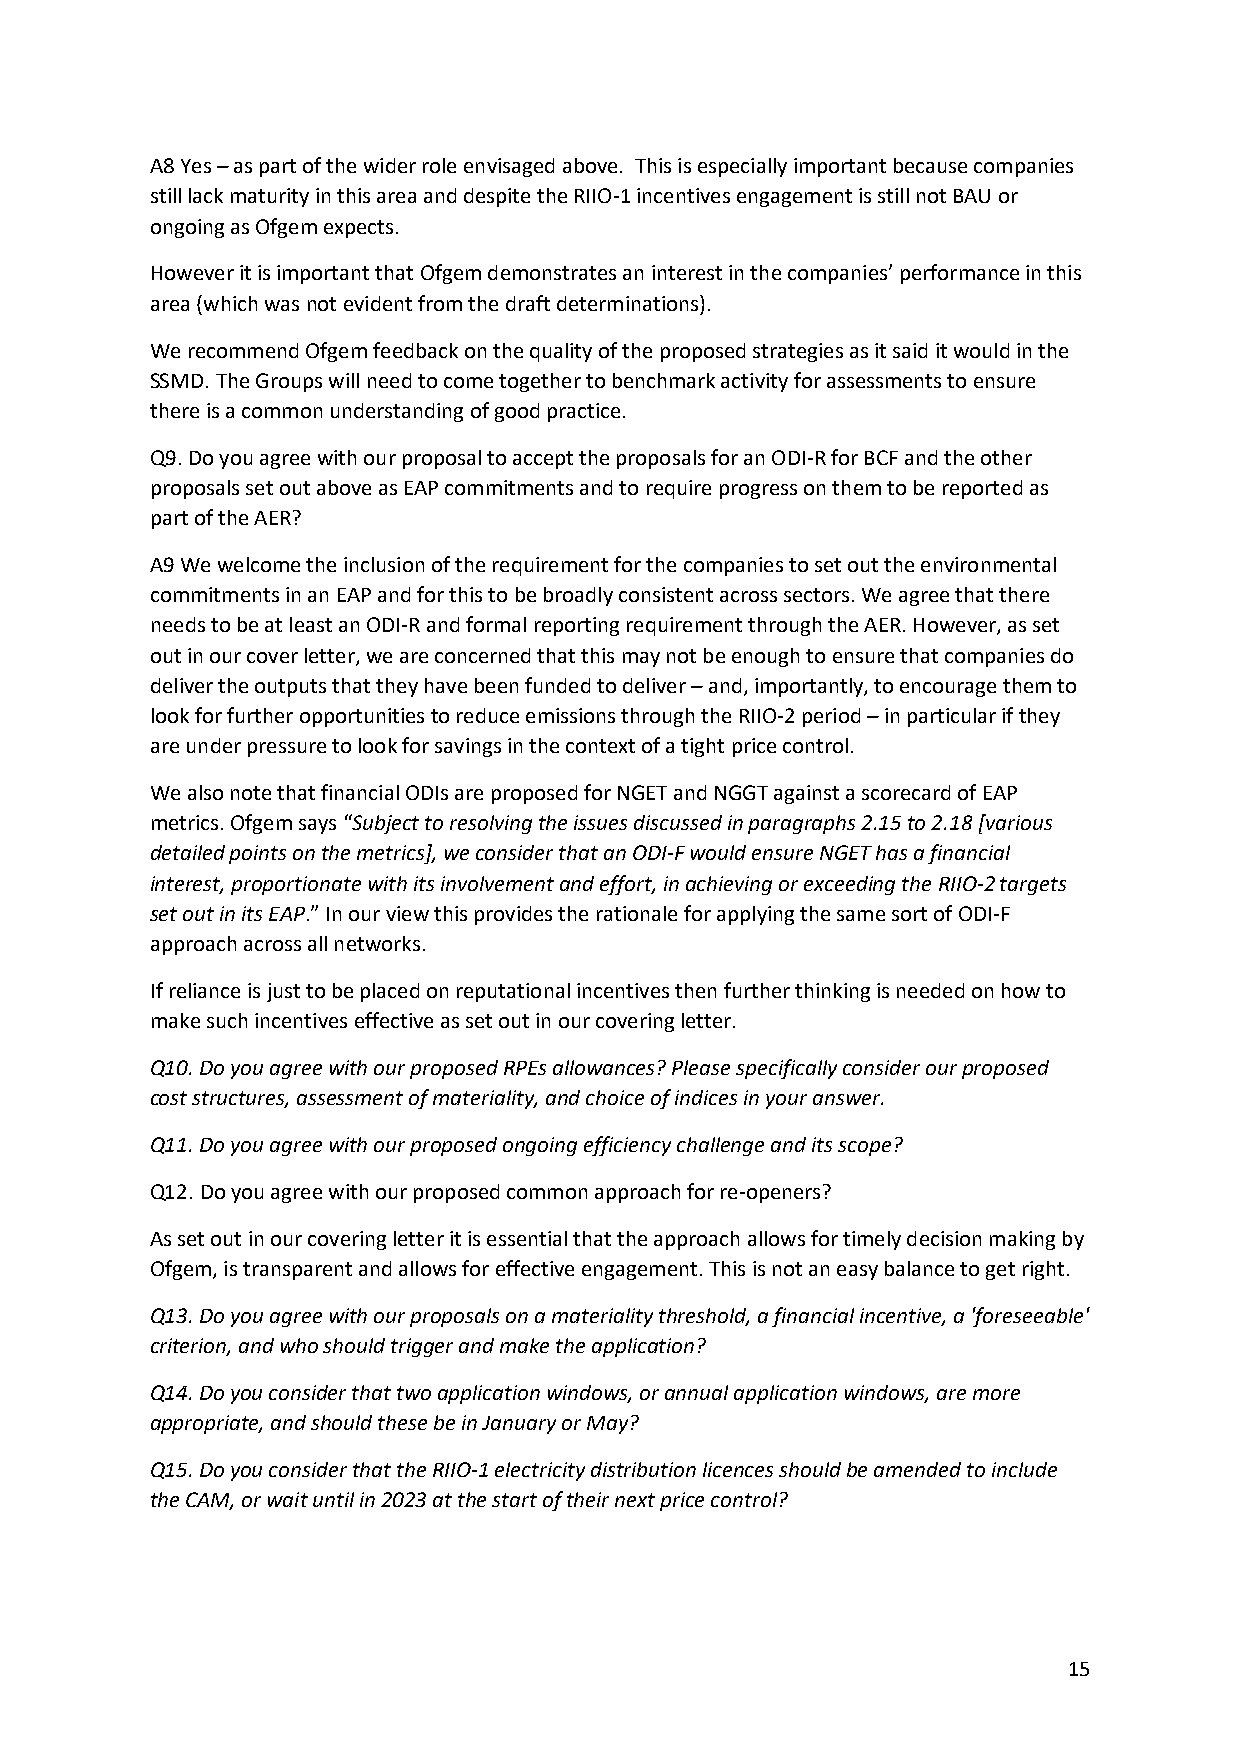
A8 Yes – as part of the wider role envisaged above. This is especially important because companies
 still lack maturity in this area and despite the RIIO-1 incentives engagement is still not BAU or
 ongoing as Ofgem expects.
 However it is important that Ofgem demonstrates an interest in the companies’ performance in this
 area (which was not evident from the draft determinations).
 We recommend Ofgem feedback on the quality of the proposed strategies as it said it would in the
 SSMD. The Groups will need to come together to benchmark activity for assessments to ensure
 there is a common understanding of good practice.
 Q9. Do you agree with our proposal to accept the proposals for an ODI-R for BCF and the other
 proposals set out above as EAP commitments and to require progress on them to be reported as
 part of the AER?
 A9 We welcome the inclusion of the requirement for the companies to set out the environmental
 commitments in an EAP and for this to be broadly consistent across sectors. We agree that there
 needs to be at least an ODI-R and formal reporting requirement through the AER. However, as set
 out in our cover letter, we are concerned that this may not be enough to ensure that companies do
 deliver the outputs that they have been funded to deliver – and, importantly, to encourage them to
 look for further opportunities to reduce emissions through the RIIO-2 period – in particular if they
 are under pressure to look for savings in the context of a tight price control.
 We also note that financial ODIs are proposed for NGET and NGGT against a scorecard of EAP
 metrics. Ofgem says “Subject to resolving the issues discussed in paragraphs 2.15 to 2.18 [various
 detailed points on the metrics], we consider that an ODI-F would ensure NGET has a financial
 interest, proportionate with its involvement and effort, in achieving or exceeding the RIIO-2 targets
 set out in its EAP.” In our view this provides the rationale for applying the same sort of ODI-F
 approach across all networks.
 If reliance is just to be placed on reputational incentives then further thinking is needed on how to
 make such incentives effective as set out in our covering letter.
 Q10. Do you agree with our proposed RPEs allowances? Please specifically consider our proposed
 cost structures, assessment of materiality, and choice of indices in your answer.
 Q11. Do you agree with our proposed ongoing efficiency challenge and its scope?
 Q12. Do you agree with our proposed common approach for re-openers?
 As set out in our covering letter it is essential that the approach allows for timely decision making by
 Ofgem, is transparent and allows for effective engagement. This is not an easy balance to get right.
 Q13. Do you agree with our proposals on a materiality threshold, a financial incentive, a 'foreseeable'
 criterion, and who should trigger and make the application?
 Q14. Do you consider that two application windows, or annual application windows, are more
 appropriate, and should these be in January or May?
 Q15. Do you consider that the RIIO-1 electricity distribution licences should be amended to include
 the CAM, or wait until in 2023 at the start of their next price control?
 15